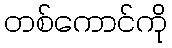
တစ်ကောင်ကို